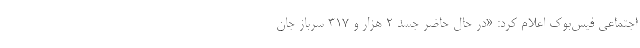
اجتماعی فیس‌بوک اعلام کرد: «در حال حاضر جسد ۲ هزار و ۳۱۷ سرباز جان